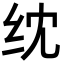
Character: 𬘘